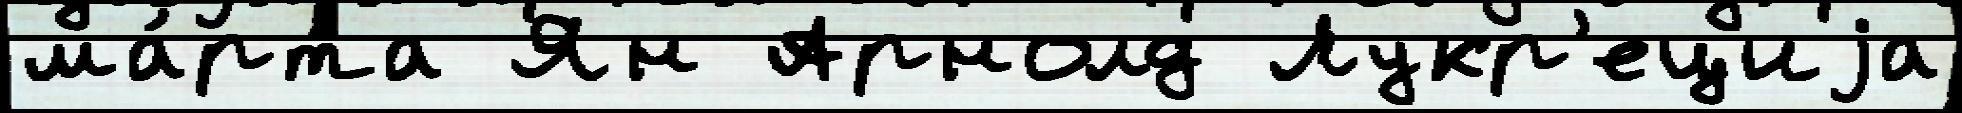
ма́рта Ян Арнолд Лукр'ециjа